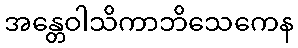
အန္တေဝါသိကာဘိသေကေန